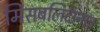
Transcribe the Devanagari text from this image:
मिसबलिदानात